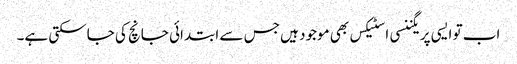
اب تو ایسی پریگننسی ا سٹیکس بھی موجود ہیں جس سے ابتدائی جانچ کی جاسکتی ہے۔